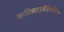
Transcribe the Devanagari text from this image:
महाशिवरात्रीनिमित्त